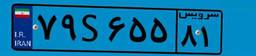
۶۹S۹۸۱۲۴